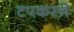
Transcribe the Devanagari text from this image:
टपकरने